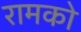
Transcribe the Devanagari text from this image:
रामको